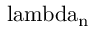
\mathrm { \ l a m b d a _ { n } }